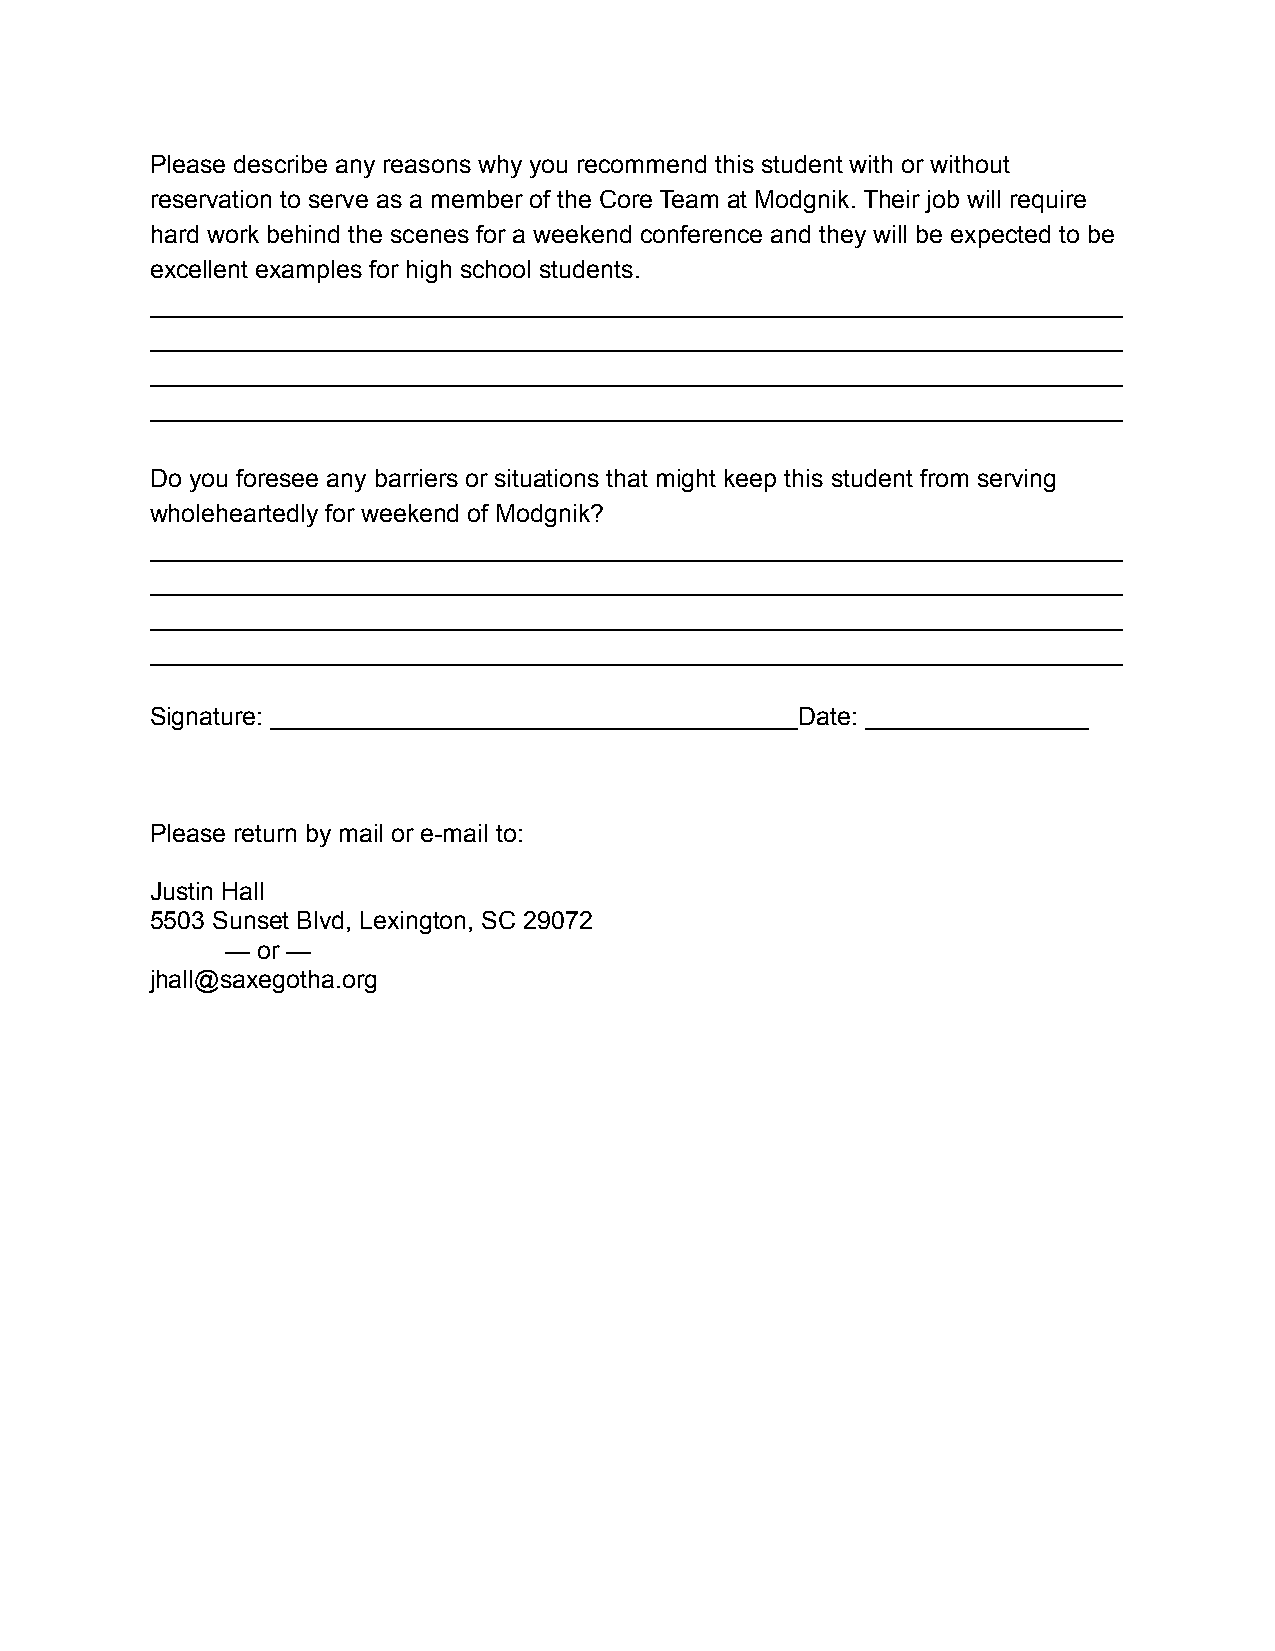
Please describe any reasons why you recommend this student with or without
 reservation to serve as a member of the Core Team at Modgnik. Their job will require
 hard work behind the scenes for a weekend conference and they will be expected to be
 excellent examples for high school students.
 ______________________________________________________________________
 ______________________________________________________________________
 ______________________________________________________________________
 ______________________________________________________________________
 Do you foresee any barriers or situations that might keep this student from serving
 wholeheartedly for weekend of Modgnik?
 ______________________________________________________________________
 ______________________________________________________________________
 ______________________________________________________________________
 ______________________________________________________________________
 Signature: ______________________________________Date: ________________
 Please return by mail or e-mail to:
 Justin Hall
 5503 Sunset Blvd, Lexington, SC 29072
 — or —
 jhall@saxegotha.org